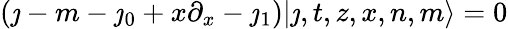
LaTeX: (\jmath-m-\jmath_{0}+x\partial_{x}-\jmath_{1})|\jmath,t,z,x,n,m\rangle=0